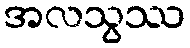
အလသွဿ